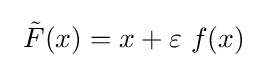
\ {\tilde {F}}(x)=x+\varepsilon \ f(x)~